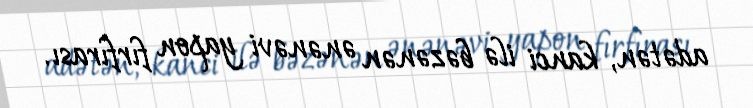
adətən, kanci ilə bəzənən ənənəvi yapon fırfırası.